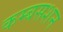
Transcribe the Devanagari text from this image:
कम्बसशन